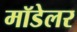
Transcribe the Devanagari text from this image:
मॉडेलर